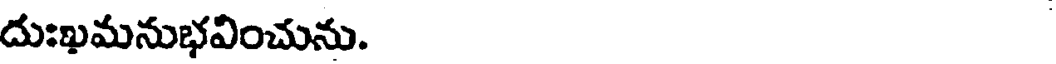
దుఃఖమనుభవించును.